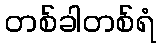
တစ်ခါတစ်ရံ